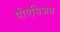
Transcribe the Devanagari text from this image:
पोएसिअस